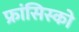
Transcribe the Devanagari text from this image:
फ्रांसिस्‍को